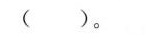
( )。